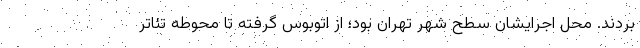
بردند. محل اجرایشان سطح شهر تهران بود؛ از اتوبوس گرفته تا محوطه تئاتر